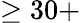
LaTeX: \geq 30+